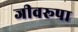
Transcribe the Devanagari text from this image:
जीवरूपा